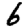
Digit: 6